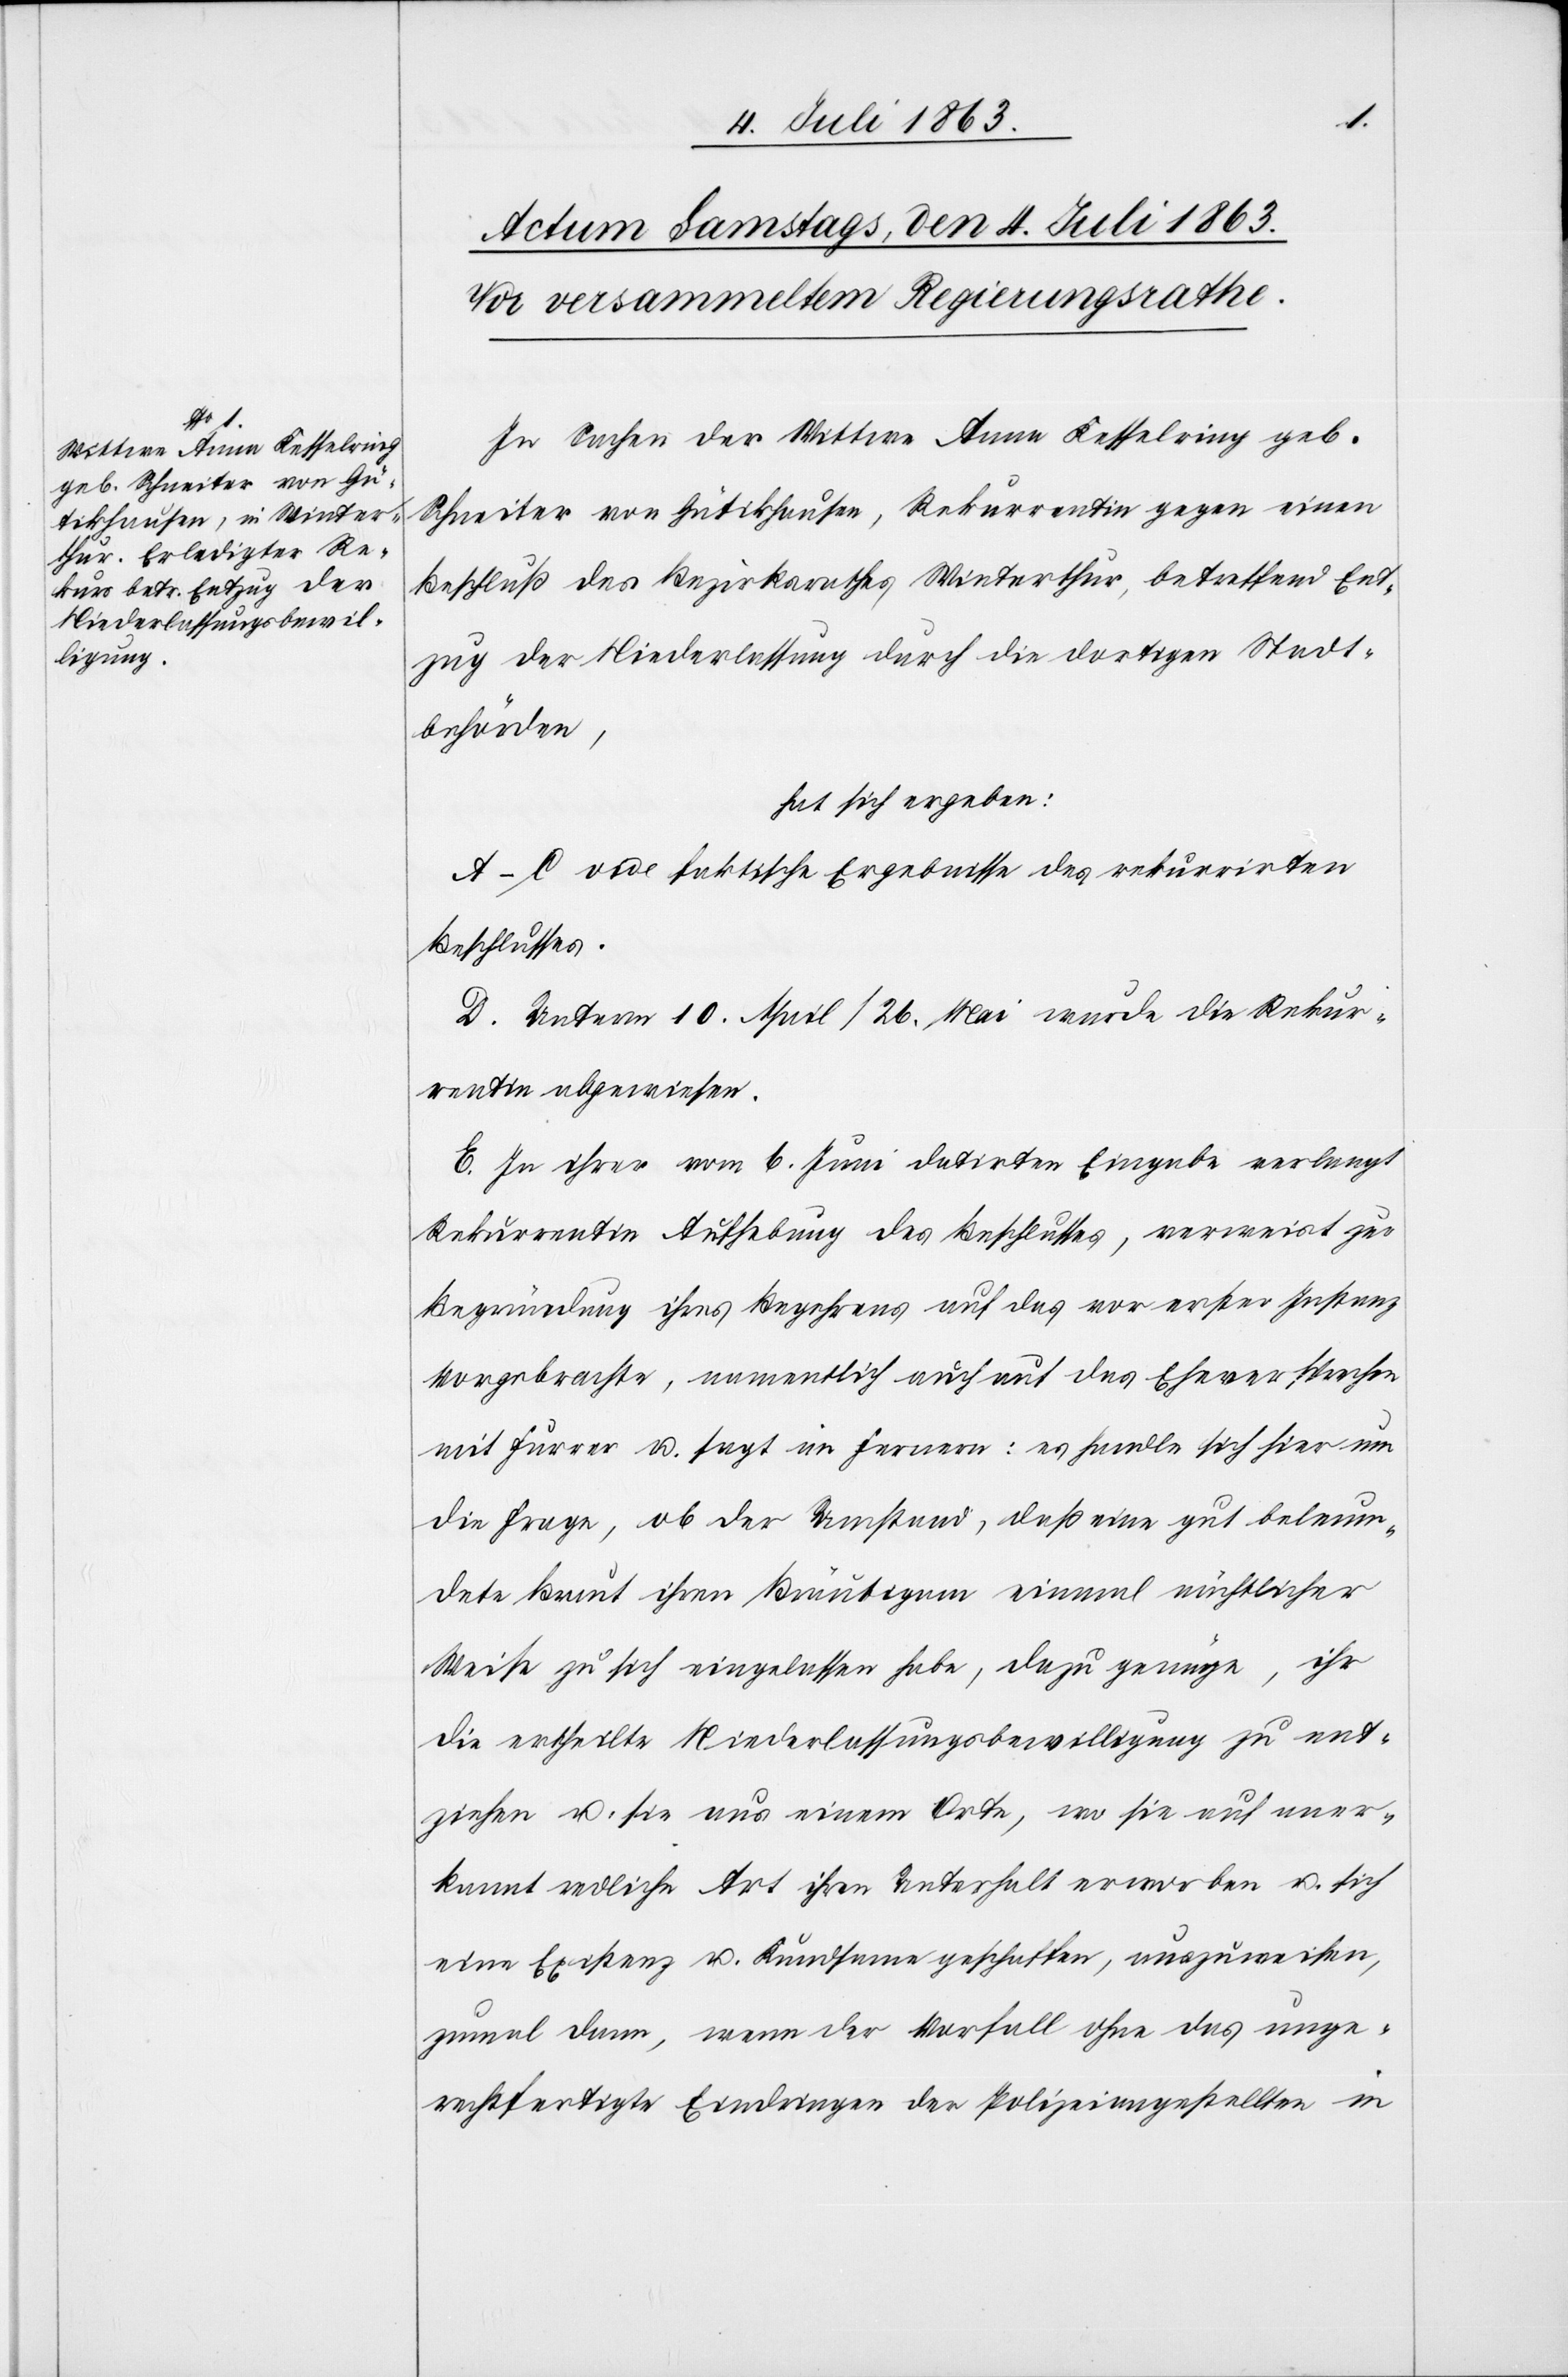
In Sachen der Wittwe Anna Kesselring geb.
Schneiter von Gütikhausen, Rekurrentin gegen einen
Beschluß des Bezirksrathes Winterthur, betreffend Ent¬
zug der Niederlassung durch die dortigen Stadt¬
behörden,
hat sich ergeben:
A–C. vide faktische Ergebnisse des rekurrirten
Beschlusses.
D. Unterm 10. April/26. Mai wurde die Rekur¬
rentin abgewiesen.
E. In ihrer vom 6. Juni datirten Eingabe verlangt
Rekurrentin Aufhebung des Beschlusses, verweist zur
Begründung ihres Begehrens auf das vor erster Instanz
Vorgebrachte, namentlich auch auf das Eheversprechen
mit Furrer u. sagt im Fernern: es handle sich hier um
die Frage, ob der Umstand, daß eine gut beleum¬
dete Braut ihren Bräutigam einmal nächtlicher
Weise zu sich eingelassen habe, dazu genüge, ihr
die ertheilte Niederlassungsbewilligung zu ent¬
ziehen u. sie aus einem Orte, wo sie auf aner¬
kannt redliche Art ihren Unterhalt erworben u. sich
eine Existenz u. Kundsame geschaffen, auszuweisen,
zumal dann, wenn der Vorfall ohne das unge¬
rechtfertigte Eindringen der Polizeiangestellten in